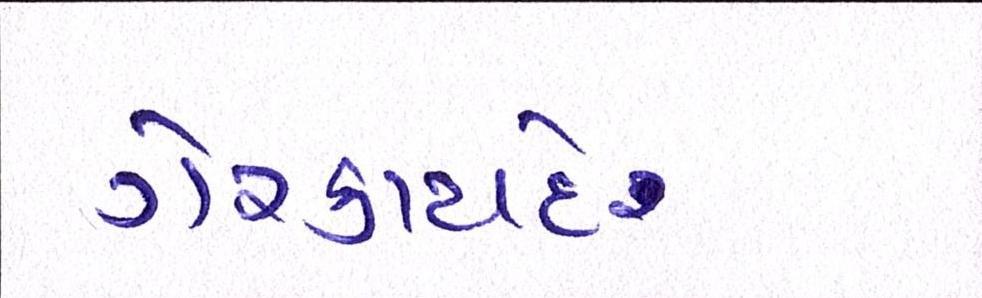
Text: ગેરકાયદે